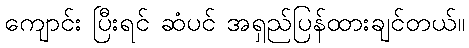
ကျောင်း ပြီးရင် ဆံပင် အရှည်ပြန်ထားချင်တယ်။